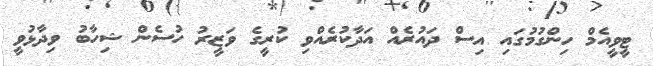
ޓީވީއެމް ހިންގުމުގައި އިސް ދައުރެއް އަދާކުރެއްވި ކުރީގެ ވަޒީރު ހުސެން ޝިހާބު ވިދާޅުވީ